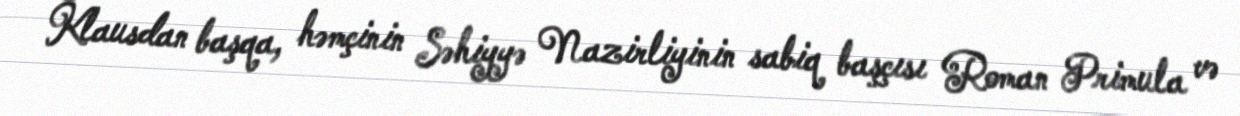
Klausdan başqa, həmçinin Səhiyyə Nazirliyinin sabiq başçısı Roman Primula və